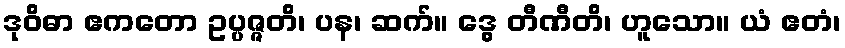
ဒုဝိဓာ ဧကတော ဥပ္ပဇ္ဇတိ၊ ပန၊ ဆက်။ ဒွေ တီဏီတိ၊ ဟူသော။ ယံ ဧတံ၊